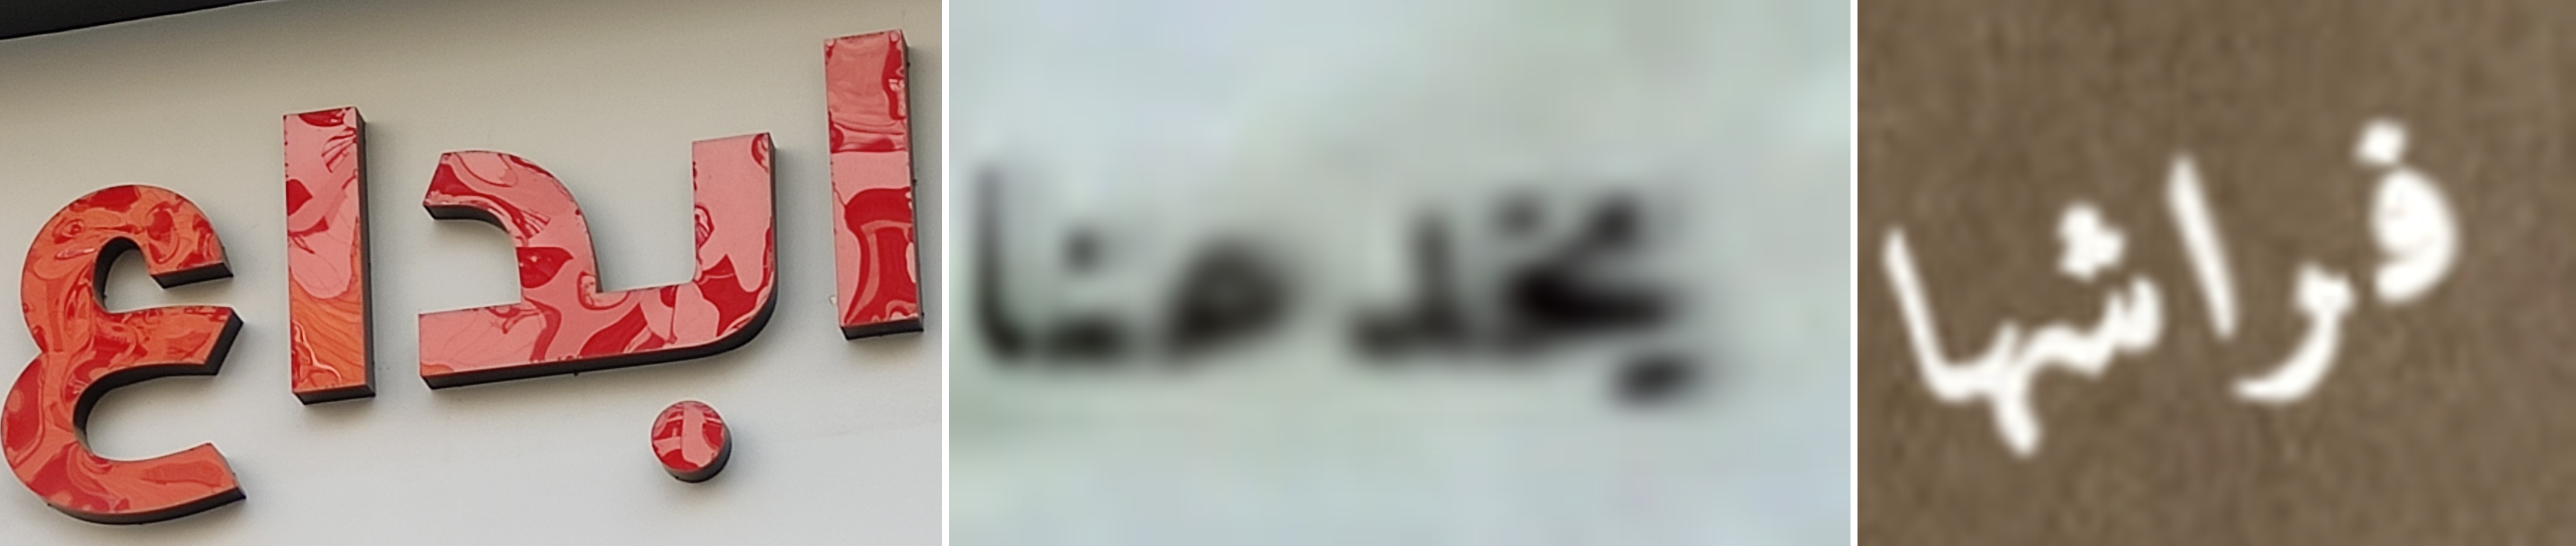
ابداع يخدعنا فراشها